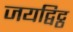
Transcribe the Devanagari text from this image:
जयद्विट्ठ